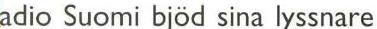
adio Suomi bjöd sina lyssnare